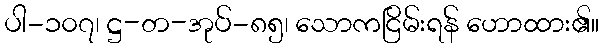
ပါ-၁၀၇၊ ဋ္ဌ-တ-အုပ်-၈၅၊ သောကငြိမ်းရန် ဟောထား၏။